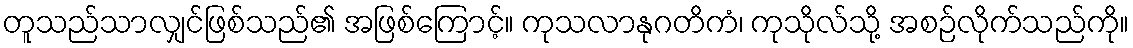
တူသည်သာလျှင်ဖြစ်သည်၏ အဖြစ်ကြောင့်။ ကုသလာနုဂတိကံ၊ ကုသိုလ်သို့ အစဉ်လိုက်သည်ကို။